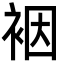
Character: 裀